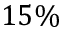
1 5 \%